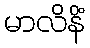
မာလိနိံ